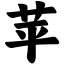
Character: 苹